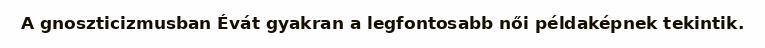
A gnoszticizmusban Évát gyakran a legfontosabb női példaképnek tekintik.